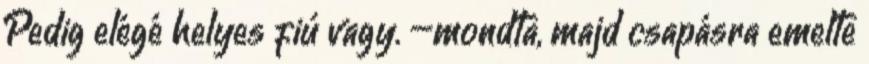
Pedig elégé helyes fiú vagy. –mondta, majd csapásra emelte